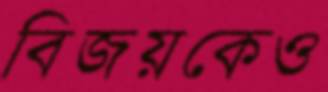
বিজয়কেও